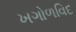
ખગોળવિદ